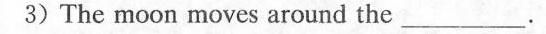
3) The moon moves around the ___ .